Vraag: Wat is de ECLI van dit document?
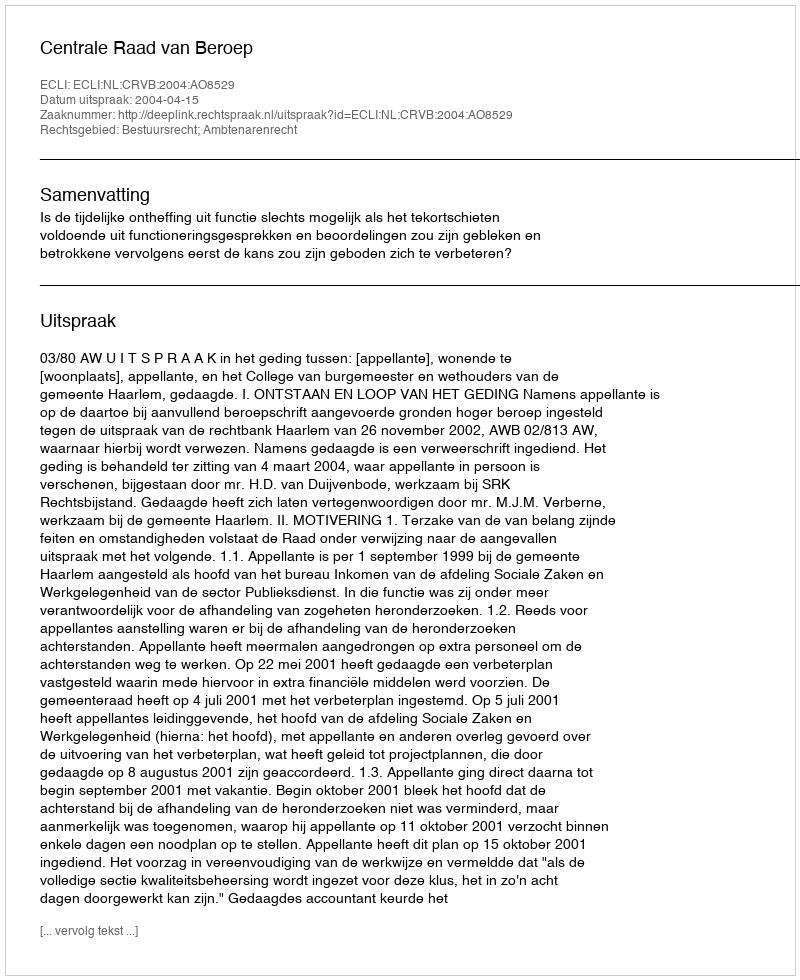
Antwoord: ECLI:NL:CRVB:2004:AO8529